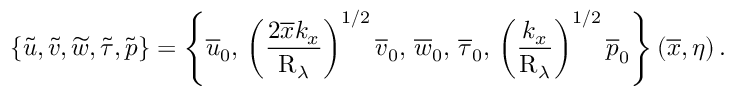
\left\lbrace \widetilde { u } , \widetilde { v } , \widetilde { w } , \widetilde { \tau } , \widetilde { p } \right\rbrace = \left\lbrace \overline { { u } } _ { 0 } , \, \left( \frac { 2 \overline { { x } } k _ { x } } { \mathrm { R } _ { \lambda } } \right) ^ { 1 / 2 } \overline { { v } } _ { 0 } , \, \overline { { w } } _ { 0 } , \, \overline { { \tau } } _ { 0 } , \, \left( \frac { k _ { x } } { \mathrm { R } _ { \lambda } } \right) ^ { 1 / 2 } \overline { { p } } _ { 0 } \right\rbrace \left( \overline { { x } } , \eta \right) .